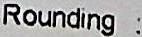
ROUNDING :